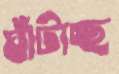
ঘাঁটাচ্ছ